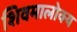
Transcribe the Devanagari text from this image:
शिवमालोक्य